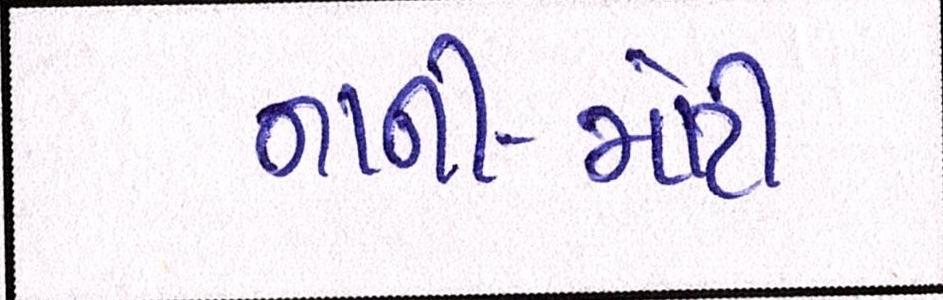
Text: નાની-મોટી